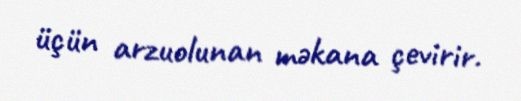
üçün arzuolunan məkana çevirir.